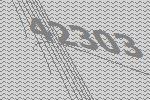
42303